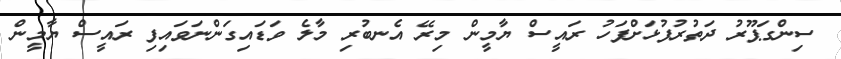
ސިންގަޕޫރު ދަތުރުފުޅަށްފަހު ރައީސް ޔާމީން މިރޭ އެނބުރި މާލެ ވަޑައިގަންނަވައިފި ރައީސް ޔާމީން